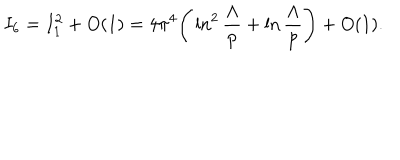
I _ { 6 } = I _ { 1 } ^ { 2 } + O ( 1 ) = 4 \pi ^ { 4 } \Bigg ( \ln ^ { 2 } \frac { \Lambda } { p } + \ln \frac { \Lambda } { p } \Bigg ) + O ( 1 ) .